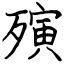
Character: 殥